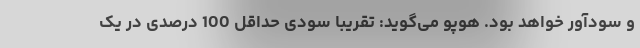
و سودآور خواهد بود. هوپو می‌گوید: تقریبا سودی حداقل 100 درصدی در یک